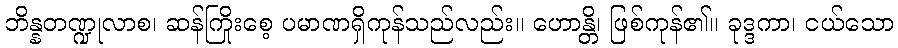
ဘိန္နတဏ္ဍုလာစ၊ ဆန်ကြိုးစေ့ ပမာဏရှိကုန်သည်လည်း။ ဟောန္တိ၊ ဖြစ်ကုန်၏။ ခုဒ္ဒကာ၊ ငယ်သော